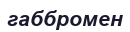
габбромен